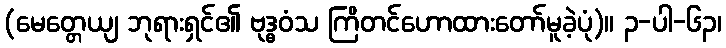
(မေတ္တေယျ ဘုရားရှင်၏ ဗုဒ္ဓဝံသ ကြိတင်ဟောထားတော်မူခဲ့ပုံ)။ ၃-ပါ-၆၃၊